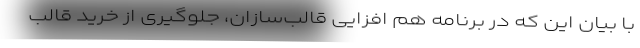
با بیان این که در برنامه هم افزایی قالب‌سازان، جلوگیری از خرید قالب